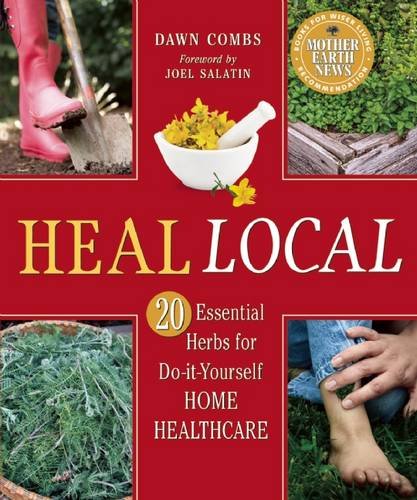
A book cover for Heal Local: 20 Essential Herbs for Do-it-Yourself Home Healthcare; Dawn Combs; Crafts, Hobbies & Home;